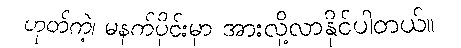
ဟုတ်ကဲ့၊ မနက်ပိုင်းမှာ အားလို့လာနိုင်ပါတယ်။